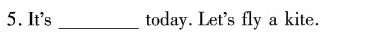
5. It's___today. Let's fly a kite.